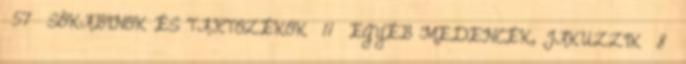
57 SÓKABINOK ÉS TARTOZÉKOK 11 EGYÉB MEDENCÉK, JAKUZZIK 8